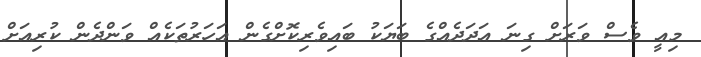
މިއީ ވެސް ވަރަށް ގިނަ އަދަދެއްގެ ބަޔަކު ބައިވެރިކޮށްގެން އަހަރުތަކެއް ވަންދެން ކުރިއަށް